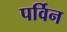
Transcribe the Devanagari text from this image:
पर्विन